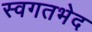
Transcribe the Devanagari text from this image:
स्वगतभेद